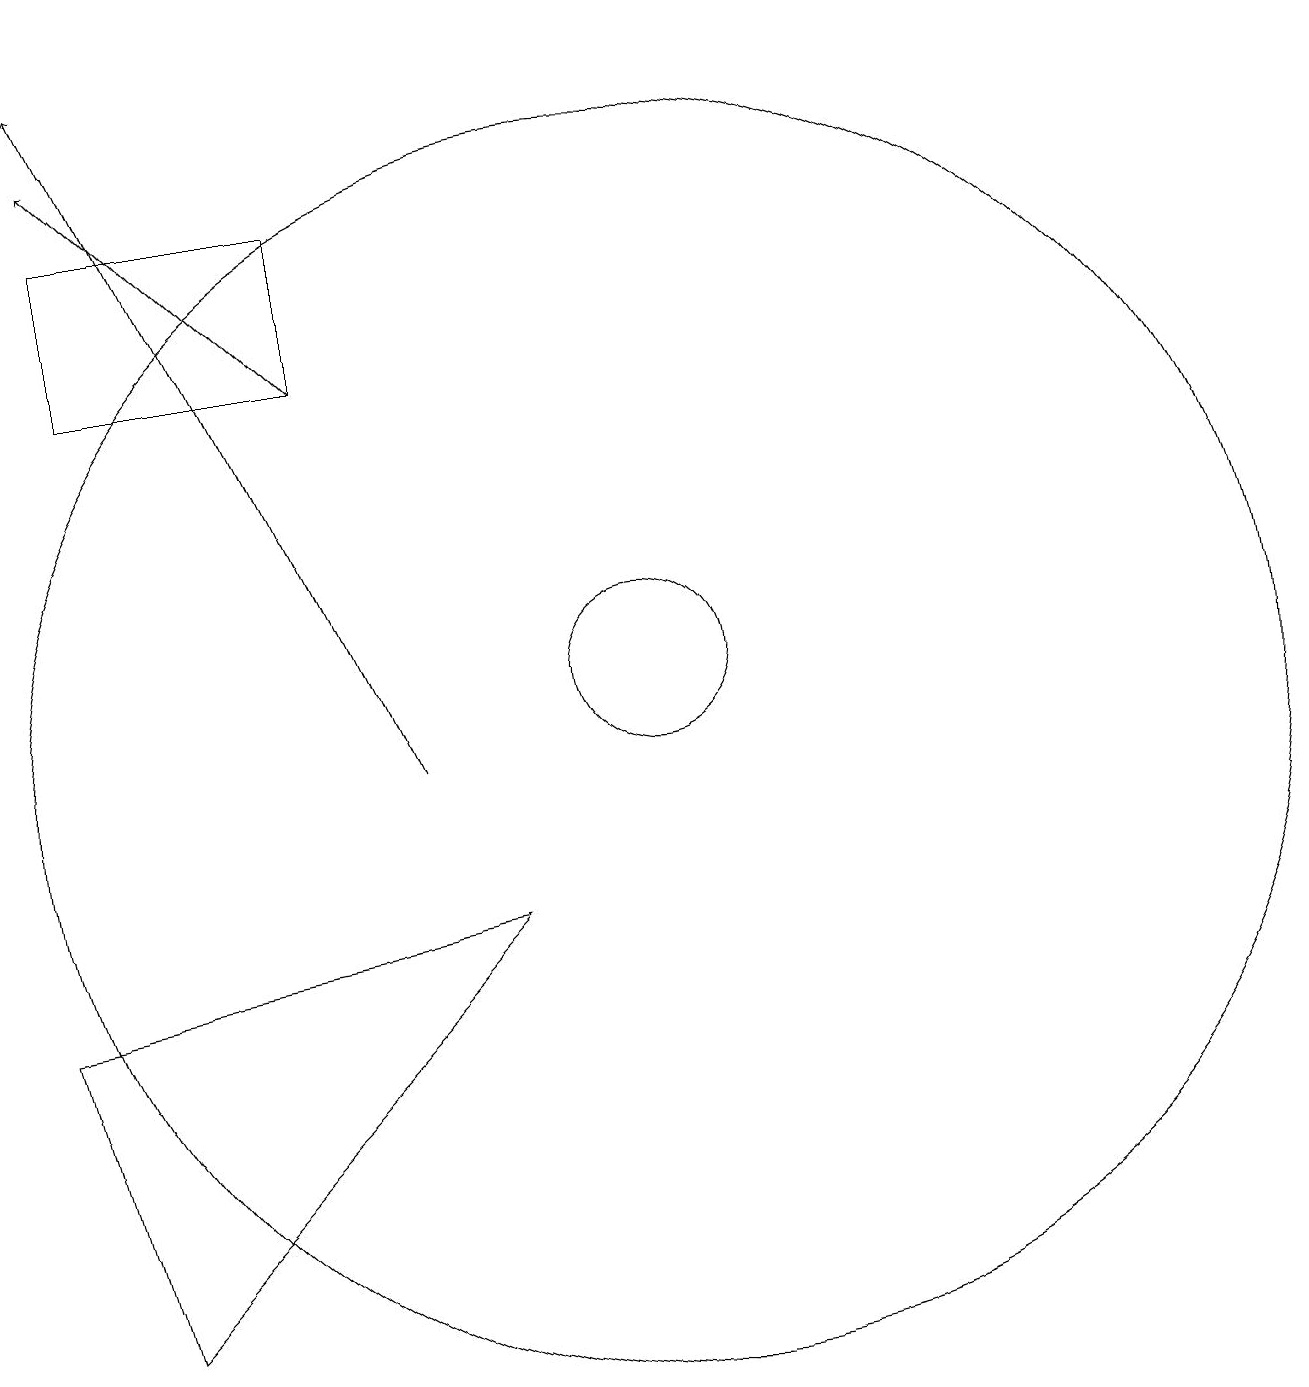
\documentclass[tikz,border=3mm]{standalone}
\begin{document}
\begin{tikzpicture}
\draw (3,7) -- (9,8) -- (4,3) -- cycle;
\draw[->] (7,15) -- (4,18);
\draw[->] (8,10) -- (4,19);
\draw (11,11) circle (1);
\draw (4,15) rectangle (7,17);
\draw (11,10) circle (8);
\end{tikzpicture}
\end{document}